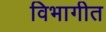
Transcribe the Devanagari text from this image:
विभागीत